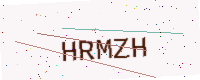
Text: HRMZH